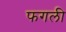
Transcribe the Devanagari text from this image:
फगली